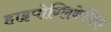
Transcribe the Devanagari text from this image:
हाइपोग्लिकेमिक